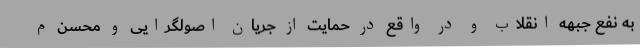
به نفع جبهه انقلاب و در واقع در حمایت از جریان اصولگرایی و محسن م